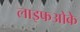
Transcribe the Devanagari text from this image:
लाइफओके